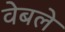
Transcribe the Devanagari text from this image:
वेबले